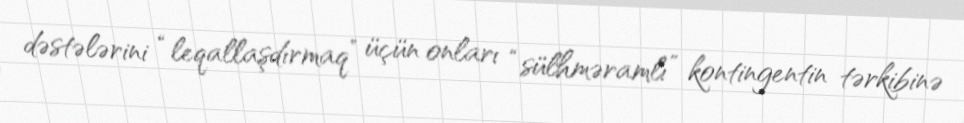
dəstələrini “leqallaşdırmaq” üçün onları “sülhməramlı” kontingentin tərkibinə